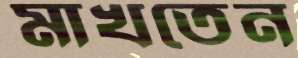
মাখতেন